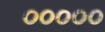
૦૦૦૦૦